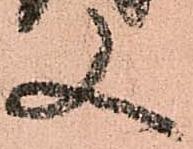
又